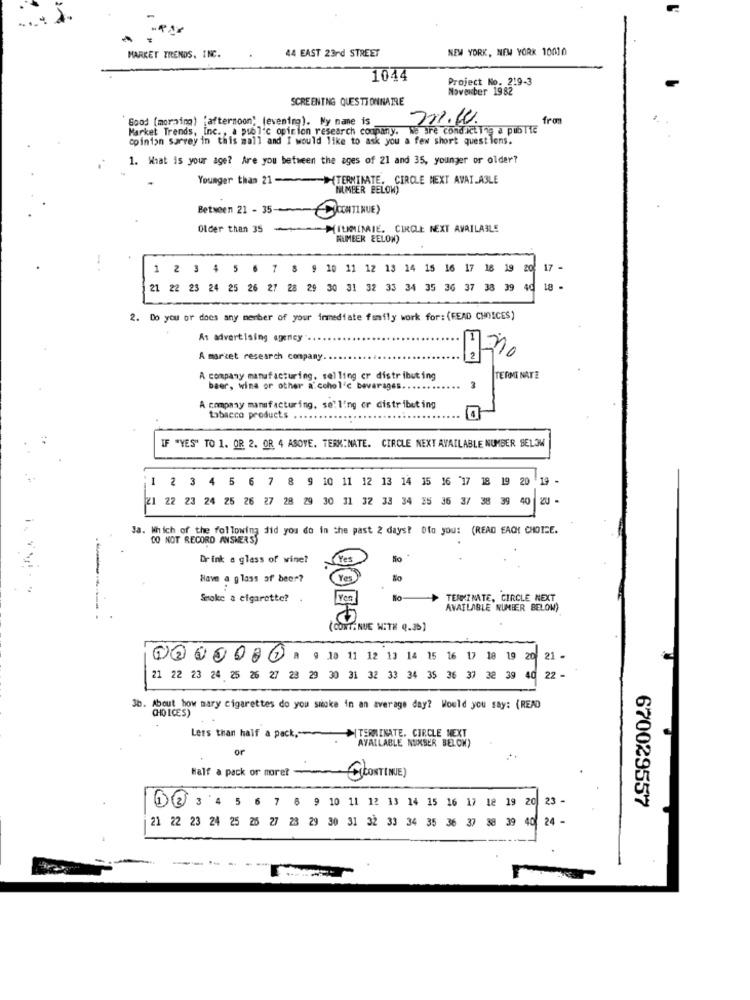
NEW YORK, NEW YORK 10010
MARKET TRENDS, INC.
44 EAST 23rd STREET
1044
Project No. 219-3
November 1982
SCREENING QUESTIONNAIRE
Good [morning) "afternoon" (evening). My name is
m.w.
fran
Market Trends, Inc ., a public opinion research company. we ire conducting a publie
opinion surrey in this mall and I would like to ask you a few short questions.
1. What is your age? Are you between the ages of 21 and 35, younger or older?
Younger than 21-(TERMINATE. CIRCLE NEXT AVAILABLE
NUMBER BELOW)
Between 21- 35-1
CONTINUE)
Older than 35
MITLIMIMIE. CIRCLE NEXT AVAILABLE
ALMEER EELON)
1 2 3 4 5 6 7 8 9 10 11 12 13 14 15 16 17 18 19
20
17 -
21 22 23 24 25 26 27 28 29 30 31 32 33 34 35 36 37 38 39
40
18 -
2. Do you or does any member of your immediate family work for: (FEAD CHOICES)
As advertising agency"
A market research company
2
, 0
A company manufacturing, selling er distributing
3
TERMINATE
baer, wina or other alcoholic beverages .....
A company manufacturing, selling or distributing
tabacco products
IF "YES" TO 1. OR 2. OR 4 ABOVE. TERMINATE. CIRCLE NEXT AVAILABLE NUMBER BELOW
1 2 3 4 5 6 7 8 9 10 11 12 13 14 15 16 17 18 19 20
21 22 23 24 25 26 27 28 29 30 31 32 33 34 35 36 3/ 38 39 40 20 -
Ja. Which of the following did you do in the past 2 days? Ofo you: (READ EACH CHOICE.
DO NOT RECORD ANSWERS)
Drink a glass of wine?
Ro
Have a glass of beer?
Smoke a cigarette?
TERMINATE, CIRCLE NEXT
AVAILABLE NUMBER BELOW)
(CONTINUE WITH (.36)
@@0 9 10 11 12 13 14 15 16 17 18 19 20
21 -
21 22 23 24 25 26 27 23 29 30 31 32 33 34 35 36 37 32 39 40
22 -
b. About how mary cigarettes do you smoke in an average day? Would you say: (READ
CHO ICES)
Less than half a pack ,-
TERMINATE. CIRCLE NEXT
AVAILABLE NUXSER BELOW)
or
Half a pack or more? -
CONTINUE)
670029557
1 2 3 4 5 6 7 6 9 10 11 12 13 14 15 16 17 18 19 20 23 -
21 22 23 24 25 25 27 28 29 30 31 32 33 34 35 36 37 38 39 4024 -